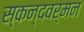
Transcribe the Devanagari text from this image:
स्कन्दवर्मन